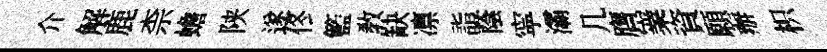
介解鹿柰蟾陕遂佟籃教缺凛詣蔭寜灞几膺嶪資願辦枳